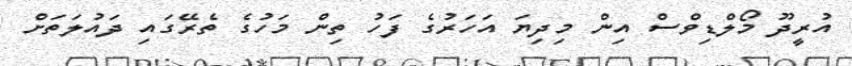
އުރީދޫ މޯލްޑިވްސް އިން މިދިޔަ އަހަރުގެ ފަހު ތިން މަހުގެ ތެރޭގައި ދައުލަތަށް